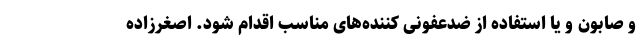
و صابون و یا استفاده از ضدعفونی کننده‌های مناسب اقدام شود. اصغرزاده